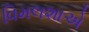
વિમલશાએ